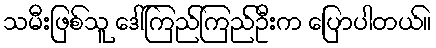
သမီးဖြစ်သူ ဒေါ်ကြည်ကြည်ဦးက ပြောပါတယ်။